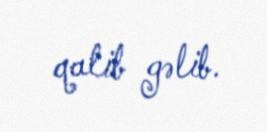
qalib gəlib.